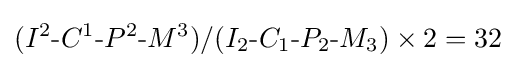
(I^{2}{\text{-}}C^{1}{\text{-}}P^{2}{\text{-}}M^{3})/(I_{2}{\text{-}}C_{1}{\text{-}}P_{2}{\text{-}}M_{3})\times 2=32